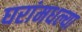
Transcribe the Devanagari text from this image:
घरांमधल्या